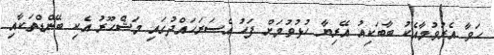
ހަވާ އެރުވުމާއެކު ބާބަކިއު އޭރިޔާ ހުޅުވުމަށް ފަހު އެސަރަހައްދުގައި މަޝްހޫރު އެކި ބޭންޑްތަކާއި